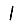
Digit: 1